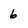
Character: 6